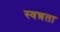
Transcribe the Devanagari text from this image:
स्वत्त्रता